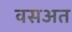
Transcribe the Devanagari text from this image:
वसअत